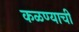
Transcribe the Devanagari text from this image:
कळण्याची